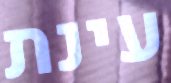
עינת